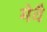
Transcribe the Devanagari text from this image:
मेवै